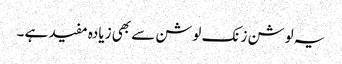
یہ لوشن زنک لوشن سے بھی زیادہ مفید ہے ۔